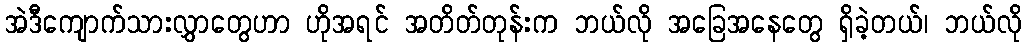
အဲဒီကျောက်သားလွှာတွေဟာ ဟိုအရင် အတိတ်တုန်းက ဘယ်လို အခြေအနေတွေ ရှိခဲ့တယ်၊ ဘယ်လို